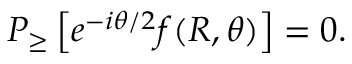
{ \cal P } _ { \geq } \left[ e ^ { - i \theta / 2 } f ( R , \theta ) \right] = 0 .